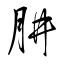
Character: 肼